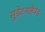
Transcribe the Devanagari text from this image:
सुडेटनलैण्ड